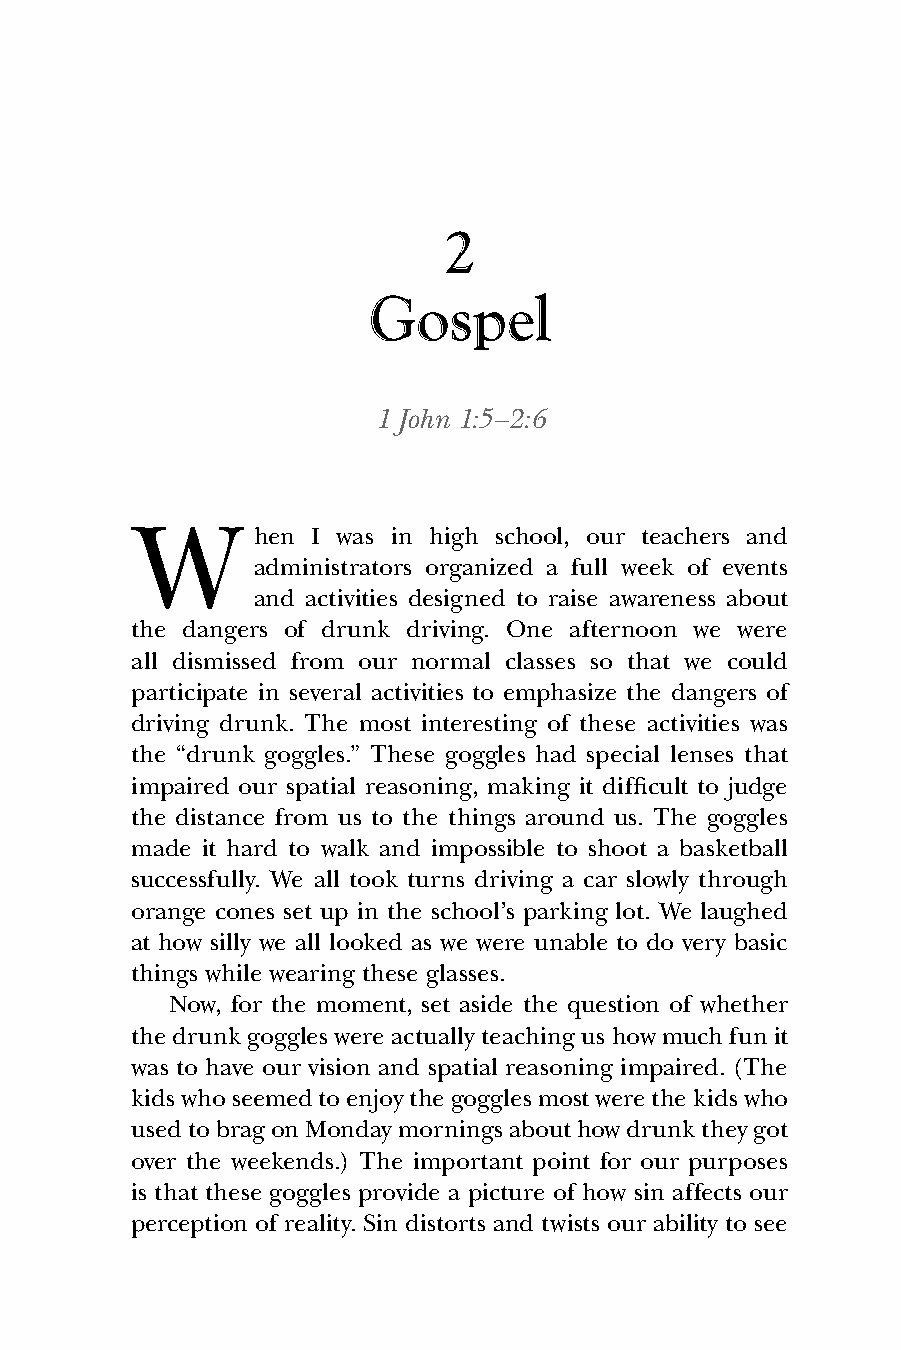
2
 Gospel
 1 John 1:5–2:6
 W
 hen I was in high school, our teachers and
 administrators organized a full week of events
 and activities designed to raise awareness about
 the dangers of drunk driving. One afternoon we were
 all dismissed from our normal classes so that we could
 participate in several activities to emphasize the dangers of
 driving drunk. The most interesting of these activities was
 the “drunk goggles.” These goggles had special lenses that
 impaired our spatial reasoning, making it difficult to judge
 the distance from us to the things around us. The goggles
 made it hard to walk and impossible to shoot a basketball
 successfully. We all took turns driving a car slowly through
 orange cones set up in the school’s parking lot. We laughed
 at how silly we all looked as we were unable to do very basic
 things while wearing these glasses.
 Now, for the moment, set aside the question of whether
 the drunk goggles were actually teaching us how much fun it
 was to have our vision and spatial reasoning impaired. (The
 kids who seemed to enjoy the goggles most were the kids who
 used to brag on Monday mornings about how drunk they got
 over the weekends.) The important point for our purposes
 is that these goggles provide a picture of how sin affects our
 perception of reality. Sin distorts and twists our ability to see